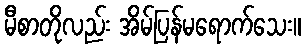
မီစာတိုလည်း အိမ်ပြန်မရောက်သေး။